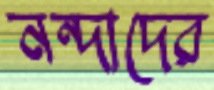
নন্দাদের